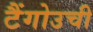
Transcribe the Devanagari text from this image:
टैंगोउची